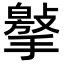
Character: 𢵿